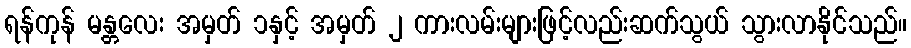
ရန်ကုန် မန္တလေး အမှတ် ၁နှင့် အမှတ် ၂ ကားလမ်းများဖြင့်လည်းဆက်သွယ် သွားလာနိုင်သည်။